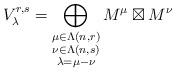
LaTeX: \begin{align*}V_{\lambda}^{r,s} = \bigoplus_{\substack{\mu \in \Lambda (n , r)\\ \nu \in \Lambda (n,s) \\ \lambda = \mu - \nu}}M^{\mu} \boxtimes M^{\nu}\end{align*}